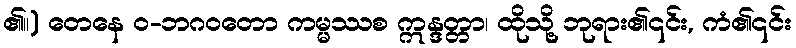
၏။) တေနေ ဝ-ဘဂဝတော ကမ္မဿစ ဣန္ဒတ္တာ၊ ထိုသို့ ဘုရား၏၎င်း, ကံ၏၎င်း